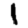
Digit: 1